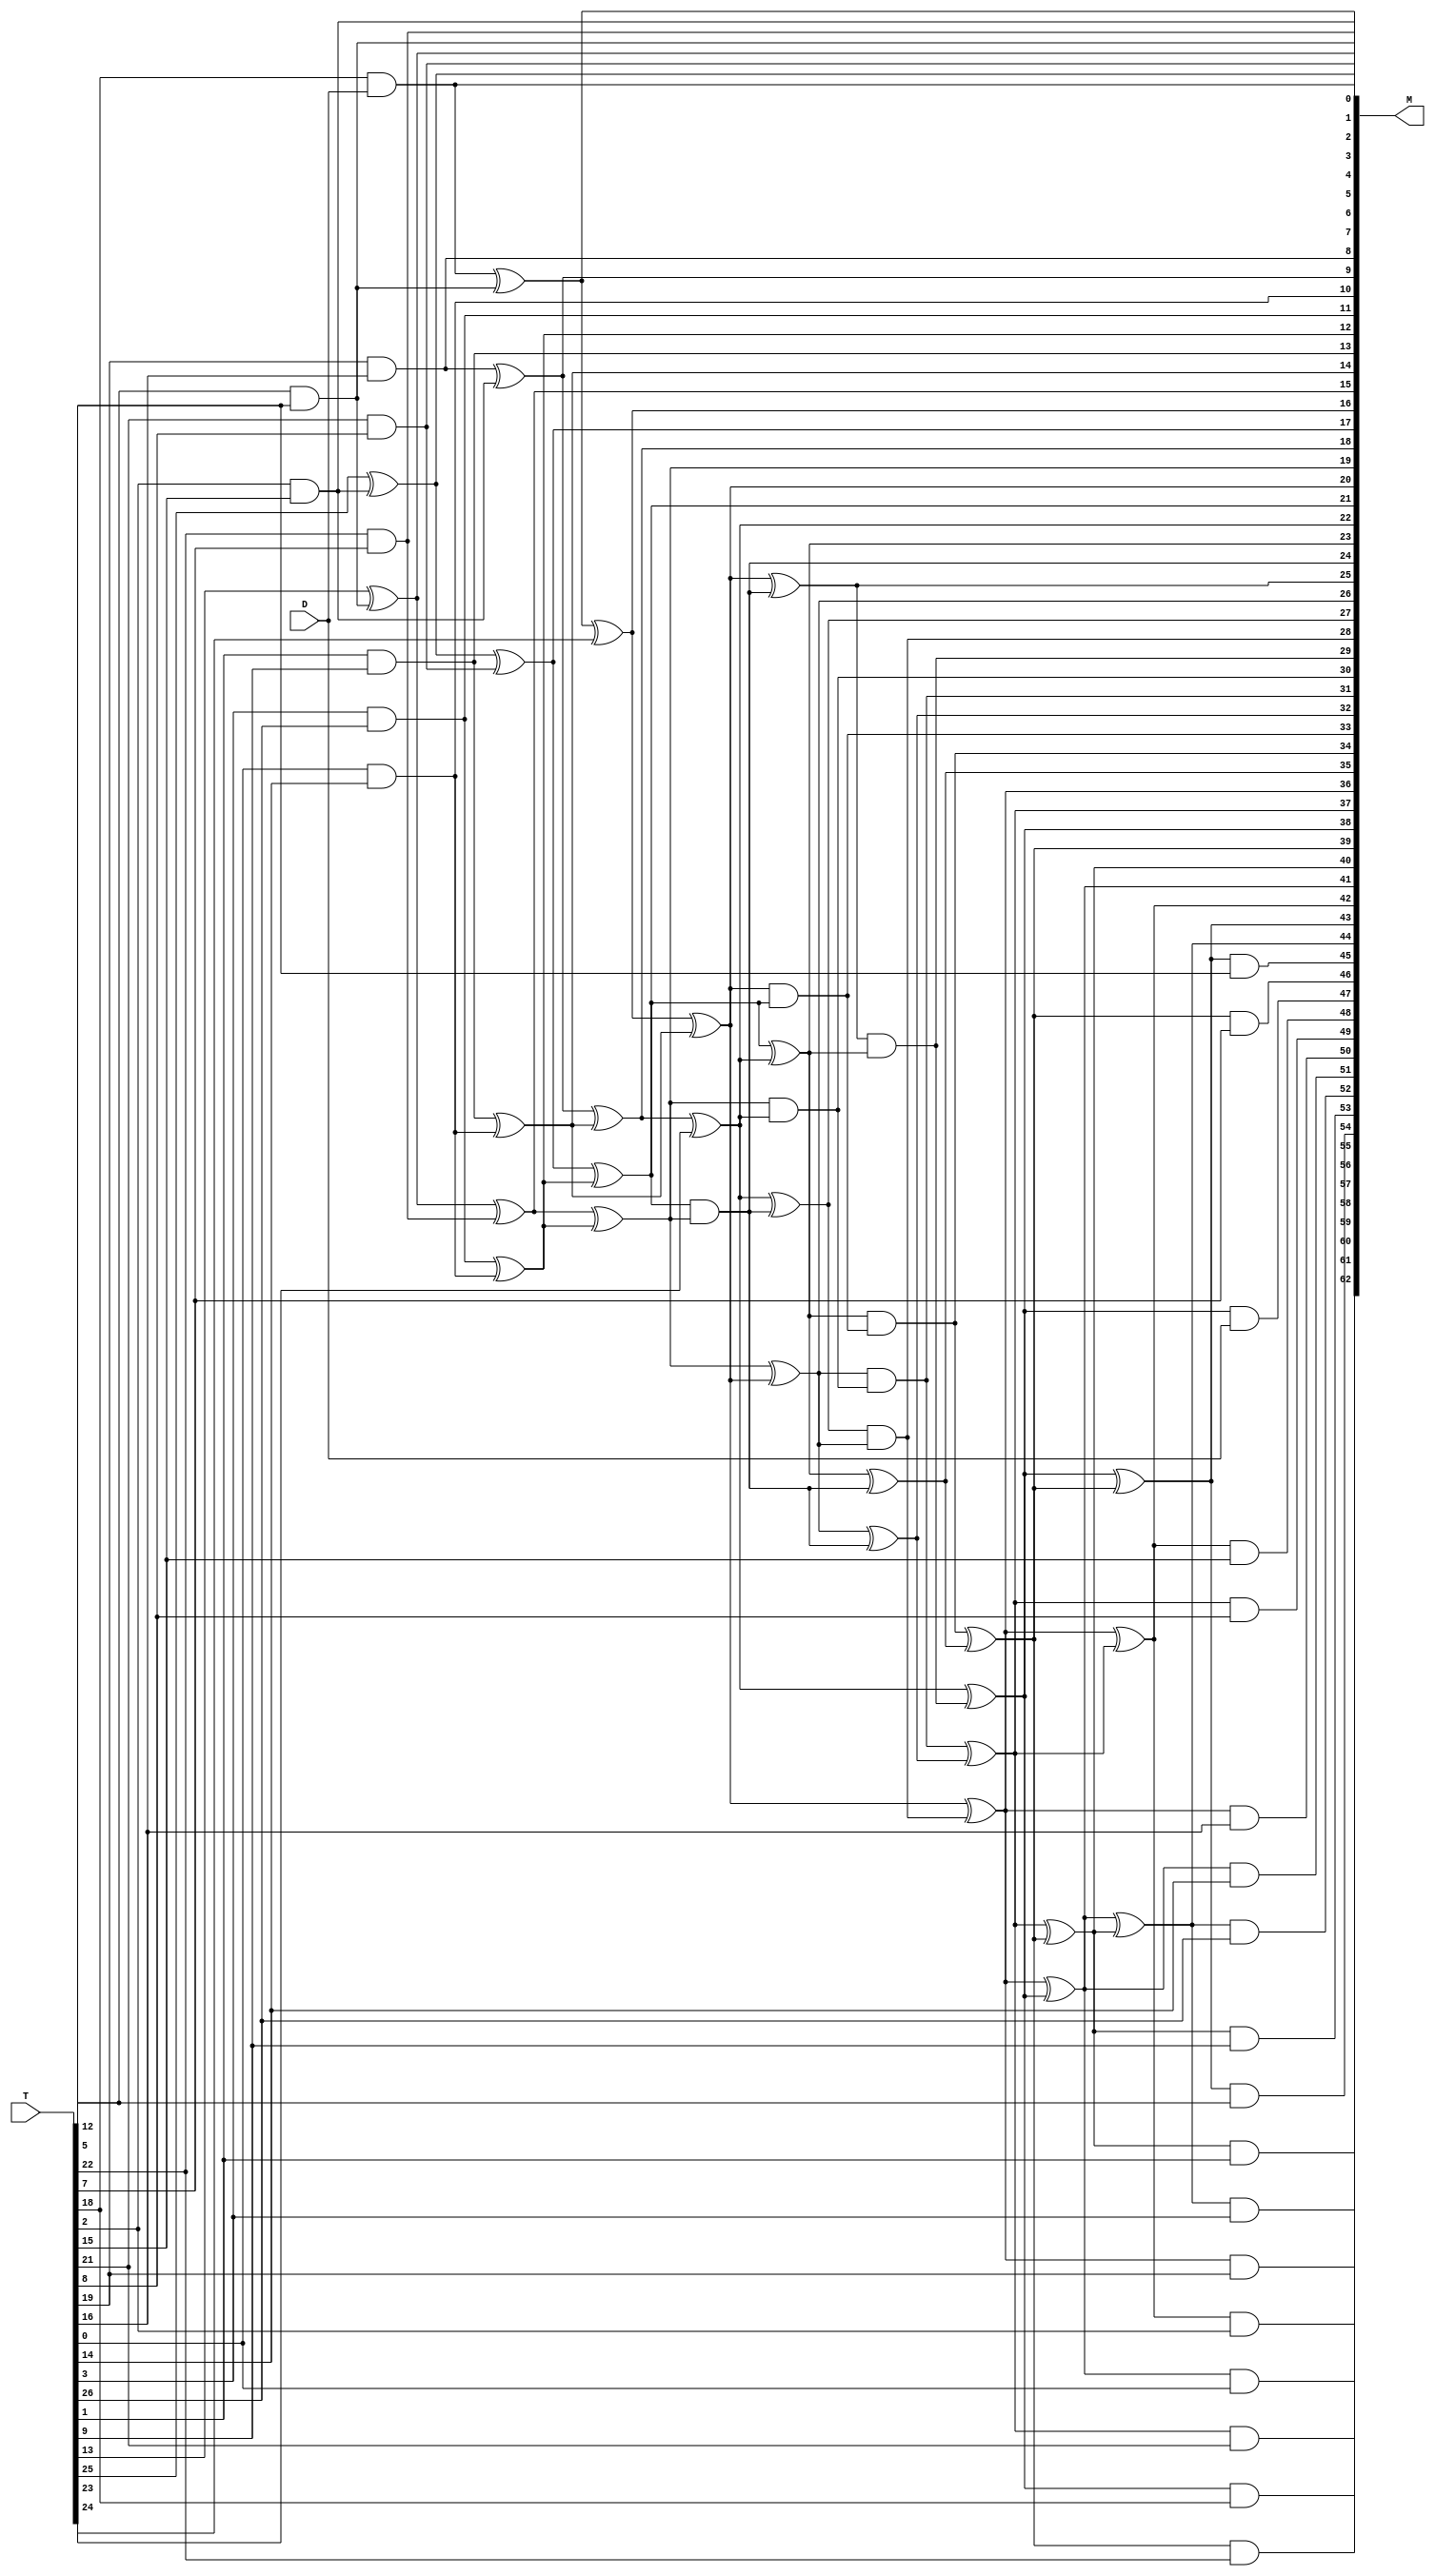
/////////////////////////////////////////////////////////////////////////////////
//
// Original Author: Boyar and Peralta
// Adapted by:
// 
// Module Name: middle_nonlinear_shared
// Project Name: aes_sboxes
// Description:  Shared part of AES S-box circuit
// 
// Dependencies: None.
// 
// Additional Comments: Based on design from "A depth-16 circuit for the
//                      AES S-box". Shifted values from original in paper for
//                      T1-T27 to be represented as T0-T26. Same goes with 
//                      M1-M63 which is shifted to M0-M62.
// 
//////////////////////////////////////////////////////////////////////////////////

module middle_nonlinear_shared (
        input   wire    [26:0]  T,
        input   wire            D, 
        output  wire    [62:0]  M
    );

    //----------------------------------------------------------------
    // Continous assignments
    //---------------------------------------------------------------- 
    assign M[0] = T[12] & T[5];
    assign M[1] = T[22] & T[7];
    assign M[2] = T[13] ^ M[0];
    assign M[3] = T[18] & D;
    assign M[4] = M[3] ^ M[0];
    assign M[5] = T[2] & T[15];
    assign M[6] = T[21] & T[8];
    assign M[7] = T[25] ^ M[5];
    assign M[8] = T[19] & T[16];
    assign M[9] = M[8] ^ M[5];
    assign M[10] = T[0] & T[14];
    assign M[11] = T[3] & T[26];
    assign M[12] = M[11] ^ M[10];
    assign M[13] = T[1] & T[9];
    assign M[14] = M[13] ^ M[10];
    assign M[15] = M[2] ^ M[1];
    assign M[16] = M[4] ^ T[23];
    assign M[17] = M[7] ^ M[6];
    assign M[18] = M[9] ^ M[14];
    assign M[19] = M[15] ^ M[12];
    assign M[20] = M[16] ^ M[14];
    assign M[21] = M[17] ^ M[12];
    assign M[22] = M[18] ^ T[24];
    assign M[23] = M[21] ^ M[22];
    assign M[24] = M[21] & M[19];
    assign M[25] = M[20] ^ M[24];
    assign M[26] = M[19] ^ M[20];
    assign M[27] = M[22] ^ M[24];
    assign M[28] = M[27] & M[26];
    assign M[29] = M[25] & M[23];
    assign M[30] = M[19] & M[22];
    assign M[31] = M[26] & M[30];
    assign M[32] = M[26] ^ M[24];
    assign M[33] = M[20] & M[21];
    assign M[34] = M[23] & M[33];
    assign M[35] = M[23] ^ M[24];
    assign M[36] = M[20] ^ M[28];
    assign M[37] = M[31] ^ M[32];
    assign M[38] = M[22] ^ M[29];
    assign M[39] = M[34] ^ M[35];
    assign M[40] = M[37] ^ M[39];
    assign M[41] = M[36] ^ M[38];
    assign M[42] = M[36] ^ M[37];
    assign M[43] = M[38] ^ M[39];
    assign M[44] = M[41] ^ M[40];
    assign M[45] = M[43] & T[5];
    assign M[46] = M[39] & T[7];
    assign M[47] = M[38] & D; 
    assign M[48] = M[42] & T[15];
    assign M[49] = M[37] & T[8];
    assign M[50] = M[36] & T[16];
    assign M[51] = M[41] & T[14];
    assign M[52] = M[44] & T[26];
    assign M[53] = M[40] & T[9];
    assign M[54] = M[43] & T[12];
    assign M[55] = M[39] & T[22];
    assign M[56] = M[38] & T[18];
    assign M[57] = M[42] & T[2];
    assign M[58] = M[37] & T[21];
    assign M[59] = M[36] & T[19];
    assign M[60] = M[41] & T[0];
    assign M[61] = M[44] & T[3];
    assign M[62] = M[40] & T[1];

endmodule // middle_nonlinear_shared